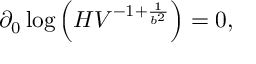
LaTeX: \partial _ { 0 } \log \left( { \cal H } V ^ { - 1 + { \frac { 1 } { b ^ { 2 } } } } \right) = 0 ,